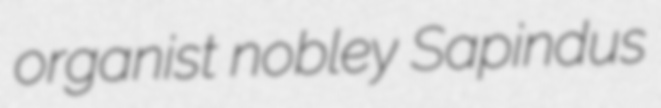
organist nobley Sapindus